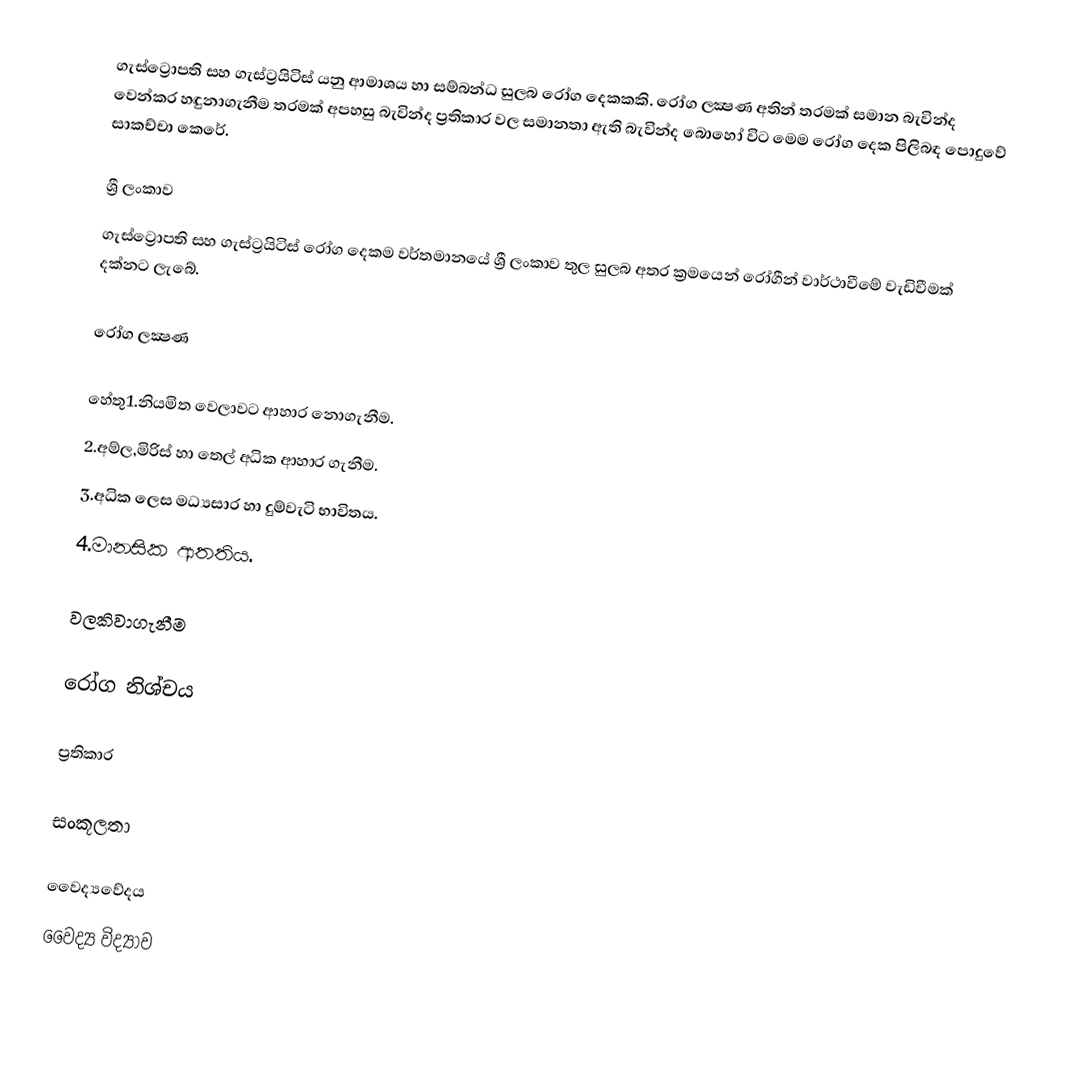
ගැස්ට්‍රොපති සහ ගැස්ට්‍රයිටිස් යනු ආමාශය හා සම්බන්ධ සුලබ රෝග දෙකකකි. රෝග ලක්‍ෂණ අතින් තරමක් සමාන බැවින්ද වෙන්කර හඳුනාගැනීම තරමක් අපහසු බැවින්ද ප්‍රතිකාර වල සමානතා ඇති බැවින්ද බොහෝ විට මෙම රෝග දෙක පිලිබඳ පොදුවේ සාකච්චා කෙරේ.

ශ්‍රී ලංකාව
ගැස්ට්‍රොපති සහ ගැස්ට්‍රයිටිස් රෝග දෙකම වර්තමානයේ ශ්‍රී ලංකාව තුල සුලබ අතර ක්‍රමයෙන් රෝගීන් වාර්ථාවීමේ වැඩිවීමක් දක්නට ලැබේ.

රෝග ලක්‍ෂණ

හේතු1.නියමිත වෙලාවට ආහාර නොගැනීම.
2.අම්ල,මිරිස් හා තෙල් අධික ආහාර ගැනීම.
3.අධික ලෙස මධ්‍යසාර හා දුම්වැටි භාවිතය.
4.මානසික ආතතිය.

වලකිවාගැනීම

රෝග නිශ්චය

ප්‍රතිකාර

සංකූලතා

වෛද්‍යවේදය
වෛද්‍ය විද්‍යාව